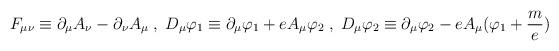
LaTeX: \begin{align*}F_{\mu \nu} \equiv \partial_{\mu} A_{\nu} - \partial_{\nu} A_{\mu} \; , \; D_{\mu} \varphi_1 \equiv \partial_{\mu} \varphi_1 + eA_{\mu} \varphi_2\; , \; D_{\mu} \varphi_2 \equiv \partial_{\mu} \varphi_2 - eA_{\mu} (\varphi_1 + \frac me)\end{align*}